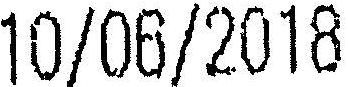
10/06/2018